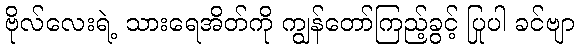
ဗိုလ်လေးရဲ့ သားရေအိတ်ကို ကျွန်တော်ကြည့်ခွင့် ပြုပါ ခင်ဗျာ